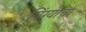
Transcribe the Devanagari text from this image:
पिंग्यांचा